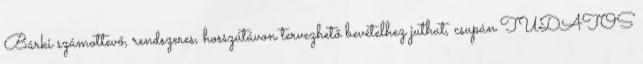
Bárki számottevő, rendszeres, hosszútávon tervezhető bevételhez juthat, csupán TUDATOS